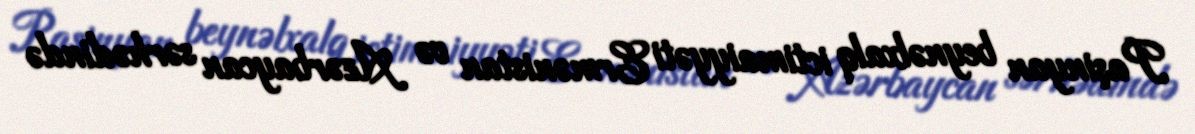
Paşinyan beynəlxalq ictimaiyyəti Ermənistan və Azərbaycan sərhədində